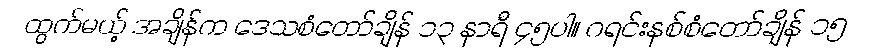
ထွက်မယ့် အချိန်က ဒေသစံတော်ချိန် ၁၃ နာရီ ၄၅ပါ။ ဂရင်းနစ်စံတော်ချိန် ၁၅